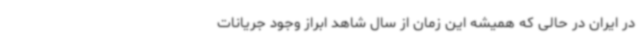
در ایران در حالی که همیشه این زمان از سال شاهد ابراز وجود جریانات